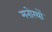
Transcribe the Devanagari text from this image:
मनोरथों